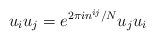
LaTeX: \begin{align*}u_{i}u_{j} = e^{2\pi i n^{ij}/N} u_{j}u_{i}\end{align*}